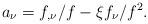
LaTeX: \begin{align*}a_{\nu }=f_{,\nu }/f-\xi f_{\nu }/f^{2}. \end{align*}